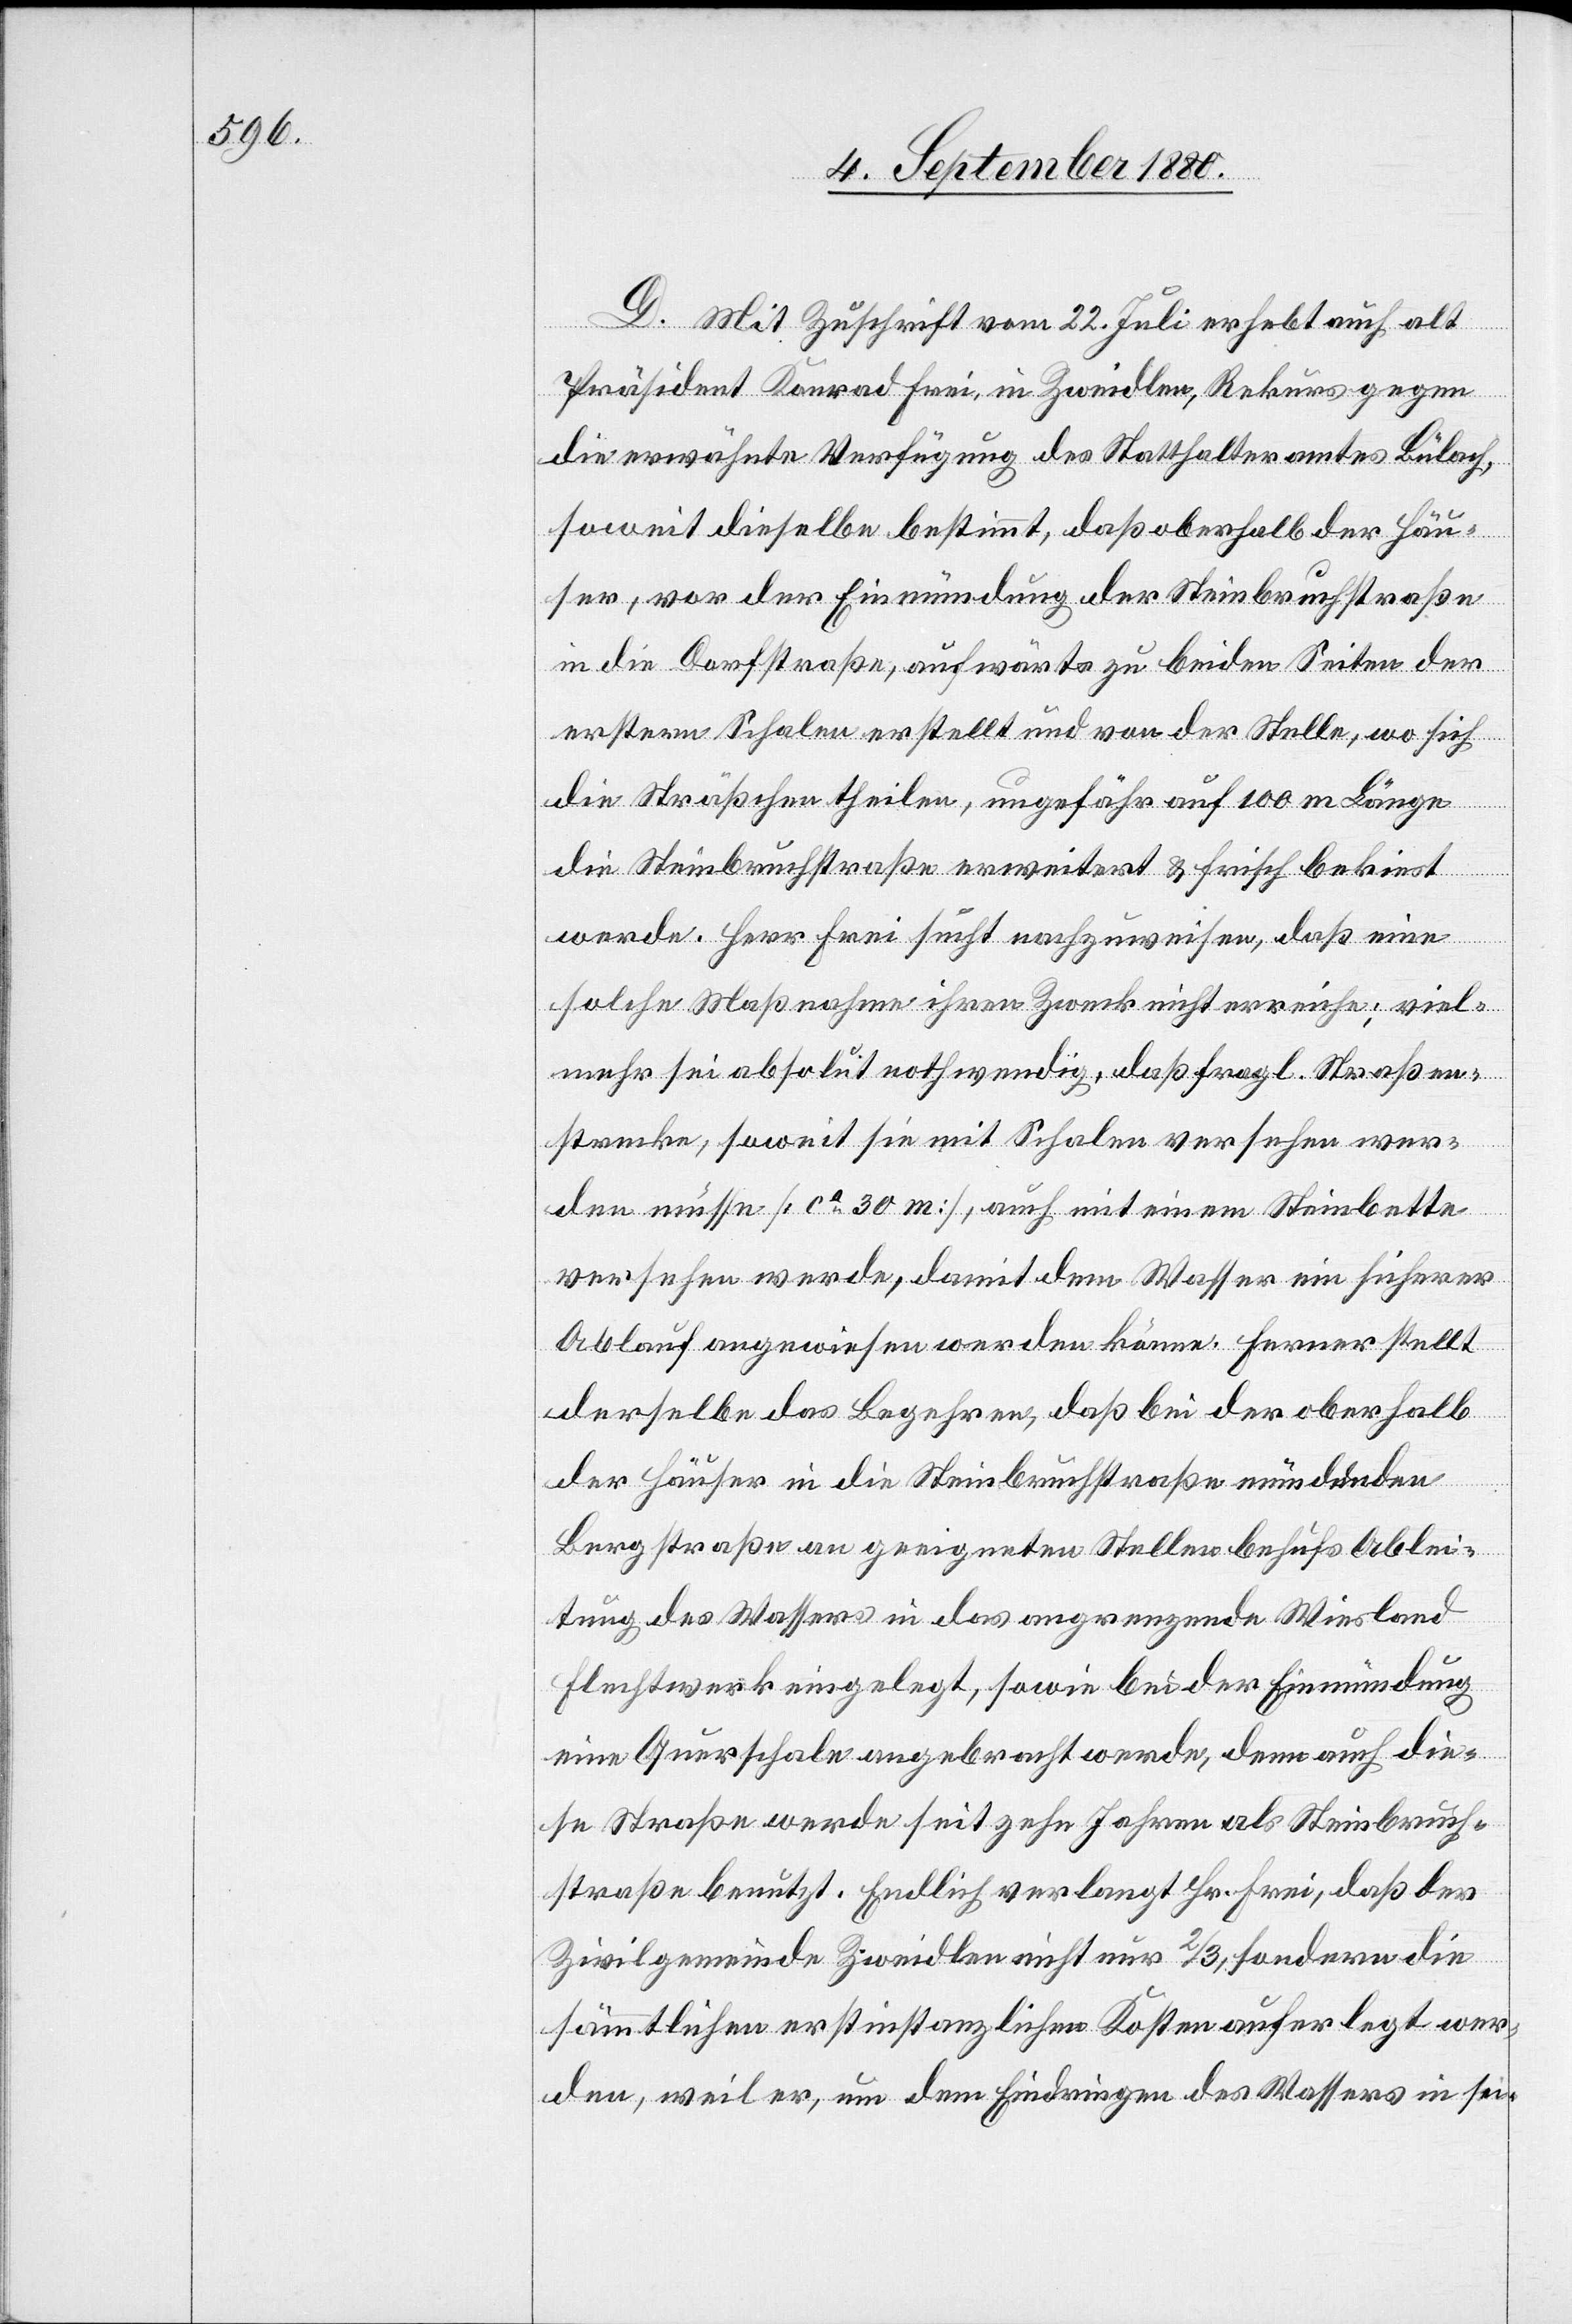
D. Mit Zuschrift vom 22. Juli erhebt auch alt
Präsident Konrad Frei in Zweidlen, Rekurs gegen
die erwähnte Verfügung des Statthalteramtes Bülach
soweit dieselbe bestimmt, daß oberhalb der Häu¬
ser, vor der Einmündung der Steinbruchstraße
in die Dorfstraße, aufwärts zu beiden Seiten der
erstern Schalen erstellt und von der Stelle, wo sich
die Sträßchen theilen, ungefähr auf 100 m Länge
die Steinbruchstraße erweitert & frisch bekiest
werde. Herr Frei sucht nachzuweisen, daß eine
solche Maßnahme ihren Zweck nicht erreiche; viel¬
mehr sei absolut nothwendig, daß fragl. Straßen¬
strecke , soweit sie mit Schalen versehen wer¬
den müsse [ca 30 m], auch mit einem Steinbette
versehen werde, damit dem Wasser ein sicherer
Ablauf angewiesen werden könne. Ferner stellt
derselbe das Begehren, daß bei der oberhalb
der Häuser in die Steinbruchtstraße mündenden
Langstraße an geeigneten Stellen behufs Ablei¬
tung des Wassers in das abgrenzende Wiesland
Flechtwerk eingelegt, sowie bei der Einmündung
eine Querschale angebracht werde, denn auch die¬
se Straße werde seit zehn Jahren als Steinbruch¬
straße benutzt. Endlich verlangt Hr. Frei, daß der
Zivilgemeinde Zweidlen nicht nur 2/3, sondern die
sämmtlichen erstinstanzlichen Kosten anherlegt wer¬
den, weil er, um dem Eindringen des Wassers in sei-